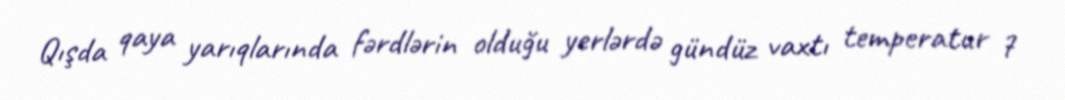
Qışda qaya yarıqlarında fərdlərin olduğu yerlərdə gündüz vaxtı temperatur 7